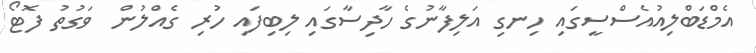
އެމްޑަބްލިއުއެސްސީގައި ހިނގި އަލިފާނުގެ ހާދިސާގައި ލިބިފައި ހުރި ގެއްލުން  ވަގުތު ފޮޓޯ